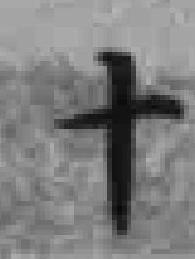
十